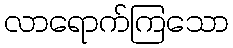
လာရောက်ကြသော